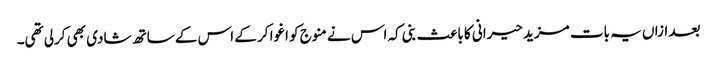
بعد ازاں یہ بات مزید حیرانی کا باعث بنی کہ اس نے منوج کو اغوا کر کے اس کے ساتھ شادی بھی کرلی تھی۔